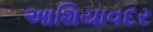
આશિયાવદર